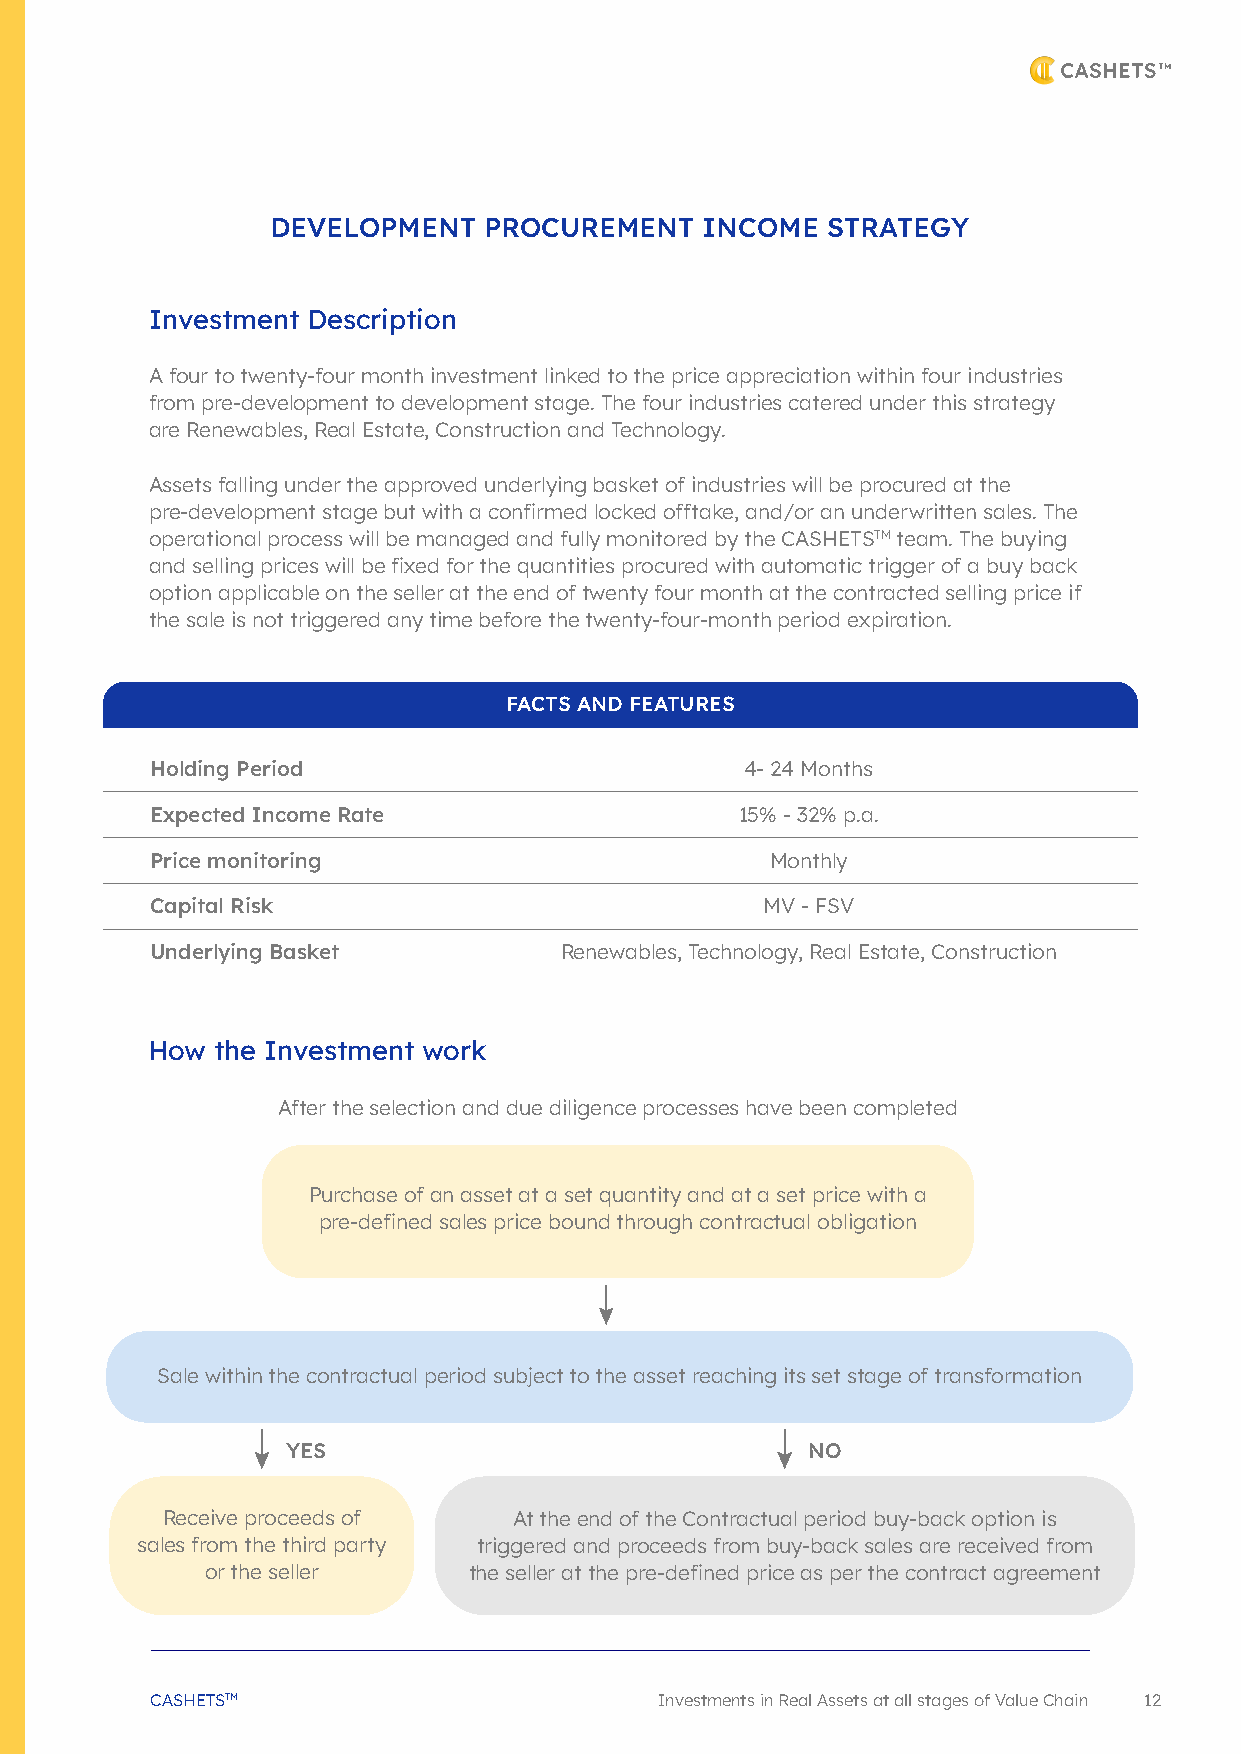
DEVELOPMENT   PROCUREMENT    INCOME  STRATEGY
 Investment Description
 A four to twenty-four month investment linked to the price appreciation within four industries
 from pre-development to development stage. The four industries catered under this strategy
 are Renewables, Real Estate, Construction and Technology.
 Assets falling under the approved underlying basket of industries will be procured at the
 pre-development stage but with a confirmed locked offtake, and/or an underwritten sales. The
 operational process will be managed and fully monitored by the CASHETSTM team. The buying
 and selling prices will be fixed for the quantities procured with automatic trigger of a buy back
 option applicable on the seller at the end of twenty four month at the contracted selling price if
 the sale is not triggered any time before the twenty-four-month period expiration.
 FACTS AND FEATURES
 Holding Period                         4-24 Months
 Expected Income Rate                   15% - 32% p.a.
 Price monitoring                         Monthly
 Capital Risk                            MV - FSV
 Underlying Basket          Renewables, Technology, Real Estate, Construction
 How the Investment work
 After the selection and due diligence processes have been completed
 Purchase of an asset at a set quantity and at a set price with a
 pre-defined sales price bound through contractual obligation
 Sale within the contractual period subject to the asset reaching its set stage of transformation
 YES                               NO
 Receive proceeds of    At the end of the Contractual period buy-back option is
 sales from the third party triggered and proceeds from buy-back sales are received from
 or the seller    the seller at the pre-defined price as per the contract agreement
 CASHETSTM                         Investments in Real Assets at all stages of Value Chain 12